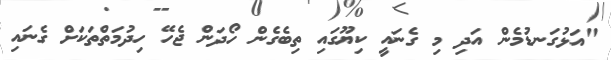
"އަޅުގަނޑުމެން އަދި މި ގެނައީ ކިޔޫގައި ތިބެގެން ހޯދަން ޖެހޭ ހިދުމަތްތަކަށް ގެނައި